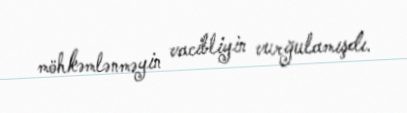
möhkəmlənməyin vacibliyin vurğulamışdı.